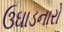
ઉઘાડનારો